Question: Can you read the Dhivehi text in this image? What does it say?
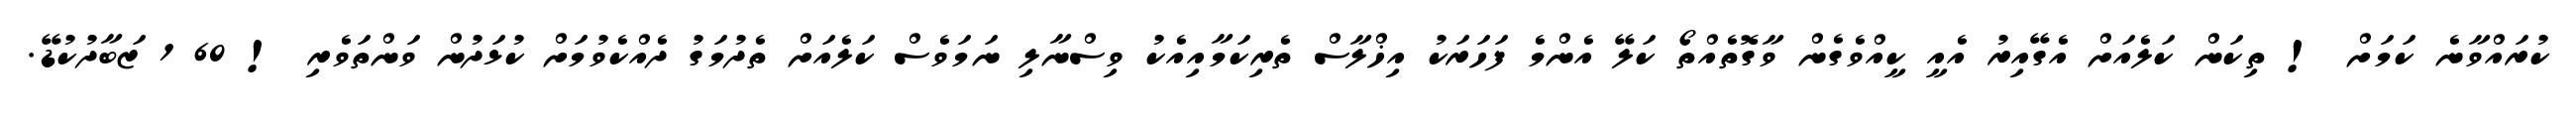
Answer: ކުރައްވާނެ ކަމަށް ! ތިކަން ކަލެއަށް އެގޭއިރު އެއީ ކީއްވެގެން ވާގޮތެއްތޯ ކަލޭ އެންމެ ފަހަރަކު އިޚްލާސް ތެރިކަމާއިއެކު ވިސްނާލި ނަމަވެސް ކަލެއަށް ތެދުމަގު ދެއްކެވުމަށް ކުޅަދުން ވަންތަވެރި ! 60 1 ޒަބާދުކުޑޭ.